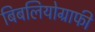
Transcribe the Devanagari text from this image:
बिबलियोग्राफी